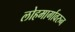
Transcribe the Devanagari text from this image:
लोहमार्गावरुन